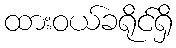
ထားဝယ်ခရိုင်ရှိ